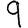
Digit: 9